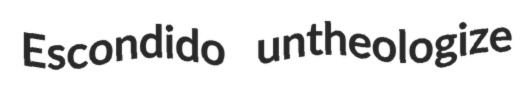
Escondido untheologize